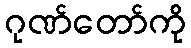
ဂုဏ်တော်ကို